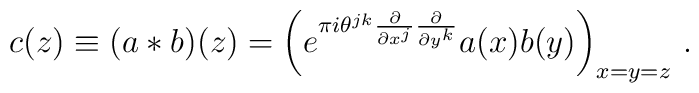
c(z) \equiv  (a\ast b ) (z) = \left( e^{\pi i \theta^{jk}\frac{\partial}{\partial x^{j}}\frac{\partial}{\partial y^{k}}} a(x)b(y) \right)_{x=y=z} \, .